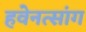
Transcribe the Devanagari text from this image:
हवेनत्सांग